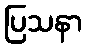
ပြသနာ